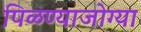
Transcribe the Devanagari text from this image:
पिळण्याजोग्या